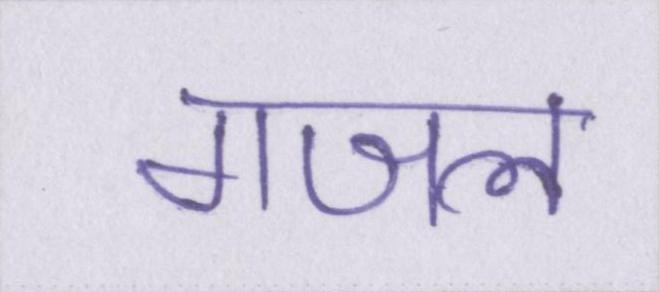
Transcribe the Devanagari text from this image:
गजल